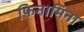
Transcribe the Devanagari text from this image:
फिनामिना